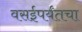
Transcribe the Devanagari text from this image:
वसईपर्यंतचा